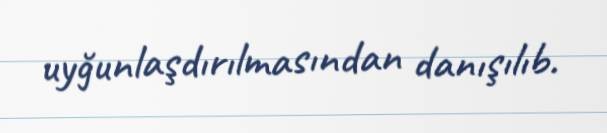
uyğunlaşdırılmasından danışılıb.